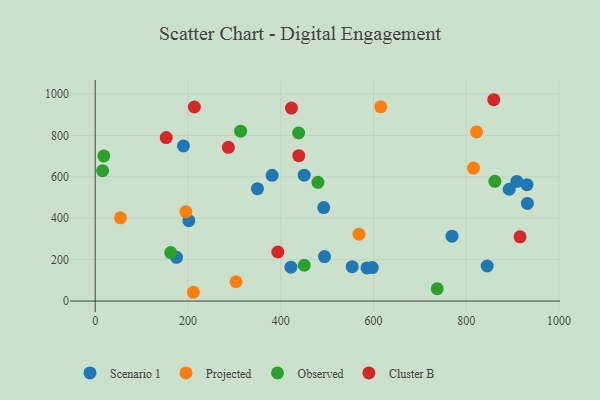
{"axis": {"x": "Investment", "y": "Fuel Efficiency"}, "legend": ["Cluster B", "Observed", "Projected", "Scenario 1"], "data": [{"x": "845.3", "y": 169.3, "type": "Scenario 1"}, {"x": "931.9", "y": 471.4, "type": "Scenario 1"}, {"x": "450.7", "y": 607.9, "type": "Scenario 1"}, {"x": "381.5", "y": 607.2, "type": "Scenario 1"}, {"x": "586.1", "y": 159.9, "type": "Scenario 1"}, {"x": "554.1", "y": 165.9, "type": "Scenario 1"}, {"x": "931.0", "y": 562.1, "type": "Scenario 1"}, {"x": "190.3", "y": 749.2, "type": "Scenario 1"}, {"x": "422.0", "y": 163.8, "type": "Scenario 1"}, {"x": "201.9", "y": 388.4, "type": "Scenario 1"}, {"x": "494.5", "y": 215.1, "type": "Scenario 1"}, {"x": "492.8", "y": 451.6, "type": "Scenario 1"}, {"x": "769.4", "y": 313.3, "type": "Scenario 1"}, {"x": "349.8", "y": 542.8, "type": "Scenario 1"}, {"x": "597.5", "y": 161.5, "type": "Scenario 1"}, {"x": "892.7", "y": 540.2, "type": "Scenario 1"}, {"x": "909.2", "y": 578.1, "type": "Scenario 1"}, {"x": "175.3", "y": 211.4, "type": "Scenario 1"}, {"x": "615.7", "y": 938.3, "type": "Projected"}, {"x": "568.8", "y": 323.3, "type": "Projected"}, {"x": "815.9", "y": 642.5, "type": "Projected"}, {"x": "211.8", "y": 42.4, "type": "Projected"}, {"x": "195.5", "y": 431.0, "type": "Projected"}, {"x": "822.3", "y": 817.2, "type": "Projected"}, {"x": "303.7", "y": 93.2, "type": "Projected"}, {"x": "54.5", "y": 402.3, "type": "Projected"}, {"x": "480.3", "y": 573.4, "type": "Observed"}, {"x": "18.6", "y": 700.9, "type": "Observed"}, {"x": "162.9", "y": 234.0, "type": "Observed"}, {"x": "438.7", "y": 811.9, "type": "Observed"}, {"x": "16.0", "y": 629.6, "type": "Observed"}, {"x": "737.5", "y": 60.0, "type": "Observed"}, {"x": "450.8", "y": 173.0, "type": "Observed"}, {"x": "861.8", "y": 578.5, "type": "Observed"}, {"x": "313.5", "y": 820.9, "type": "Observed"}, {"x": "859.4", "y": 972.6, "type": "Cluster B"}, {"x": "393.8", "y": 236.9, "type": "Cluster B"}, {"x": "423.1", "y": 932.2, "type": "Cluster B"}, {"x": "153.1", "y": 789.9, "type": "Cluster B"}, {"x": "213.8", "y": 937.5, "type": "Cluster B"}, {"x": "439.0", "y": 702.2, "type": "Cluster B"}, {"x": "916.1", "y": 310.4, "type": "Cluster B"}, {"x": "287.1", "y": 742.8, "type": "Cluster B"}]}